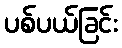
ပစ်ပယ်ခြင်း